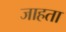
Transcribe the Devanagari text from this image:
जाहता